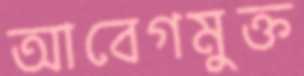
আবেগমুক্ত